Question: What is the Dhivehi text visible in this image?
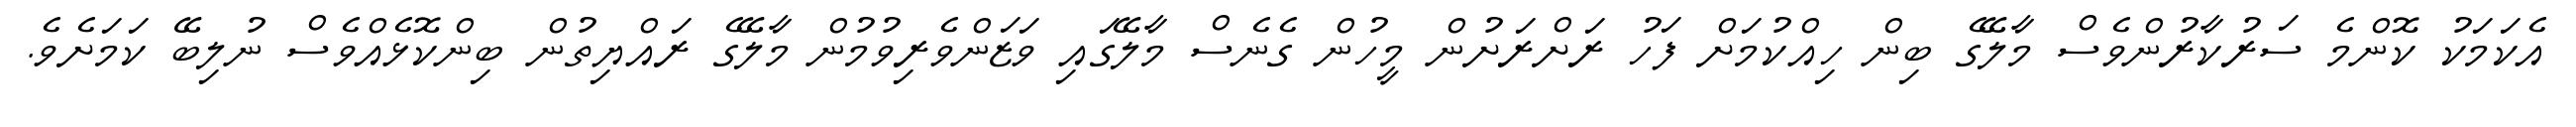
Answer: އެކަމަކު ކޮންމެ ސަރުކާރުންވެސް މާލޭގެ ބިން ހިއްކުމަށް ފަހު ރަށްރަށުން މީހުން ގެނެސް މާލޭގައި ވަޒަންވެރިވުމުން މާލޭގެ ރައްޔިތުން ބިންކޮޅެއްވެސް ނުލިބޭ ކަމަށެވެ.